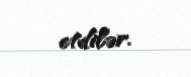
etdilər.